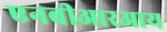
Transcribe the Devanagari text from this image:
एनबीआरआय